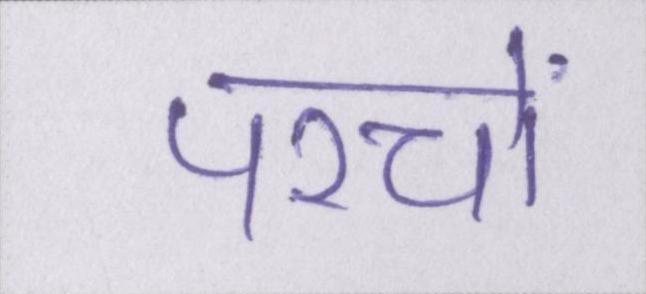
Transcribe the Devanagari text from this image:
परचों